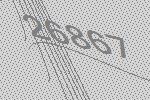
26867